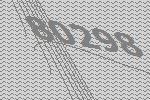
80298